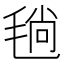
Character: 𣮜